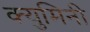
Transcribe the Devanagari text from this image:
क्युमिनी